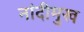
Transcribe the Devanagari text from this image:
नांदीमुख